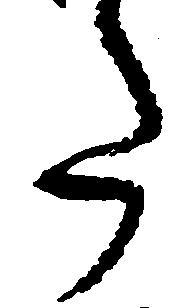
た